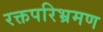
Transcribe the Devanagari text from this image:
रक्तपरिभ्रमण